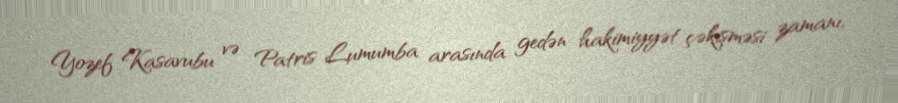
Yozef Kasavubu və Patris Lumumba arasında gedən hakimiyyət çəkişməsi zamanı,